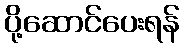
ပို့ဆောင်ပေးရန်